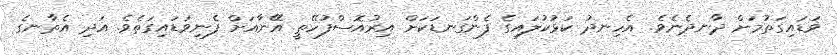
ވަޑައިގަތުމަށް ދާނދެނެވެ. އެހިނދު ކަޅުކުލައިގެ ފެންގަނޑަކަށް އިރުއޮސްފުހޭތީ އޭނާއަށް ފެނިވަޑައިގަތެވެ. އަދި އެތާނގެ